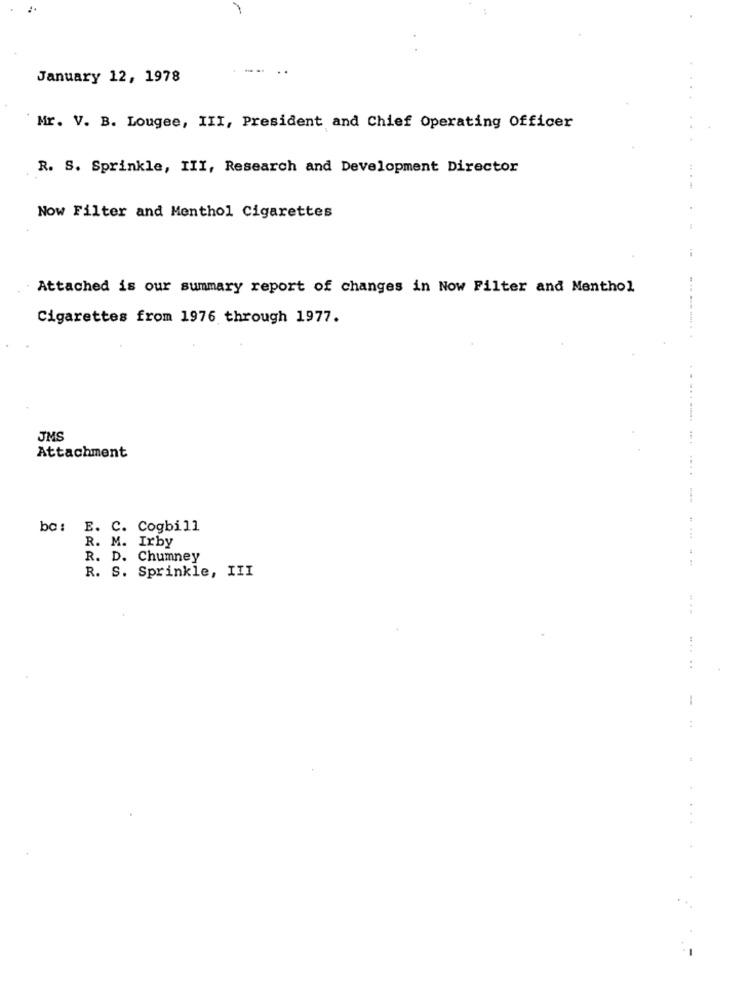
January 12, 1978
Mr. V. B. Lougee, III, President and Chief Operating Officer
R. S. Sprinkle, III, Research and Development Director
Now Filter and Menthol Cigarettes
Attached is our summary report of changes in Now Filter and Menthol
Cigarettes from 1976 through 1977.
........
JMS
Attachment
ba: E. C. Cogbill
R. M. Irby
R. D. Chumney
R. S. Sprinkle, III
......
1
:
..